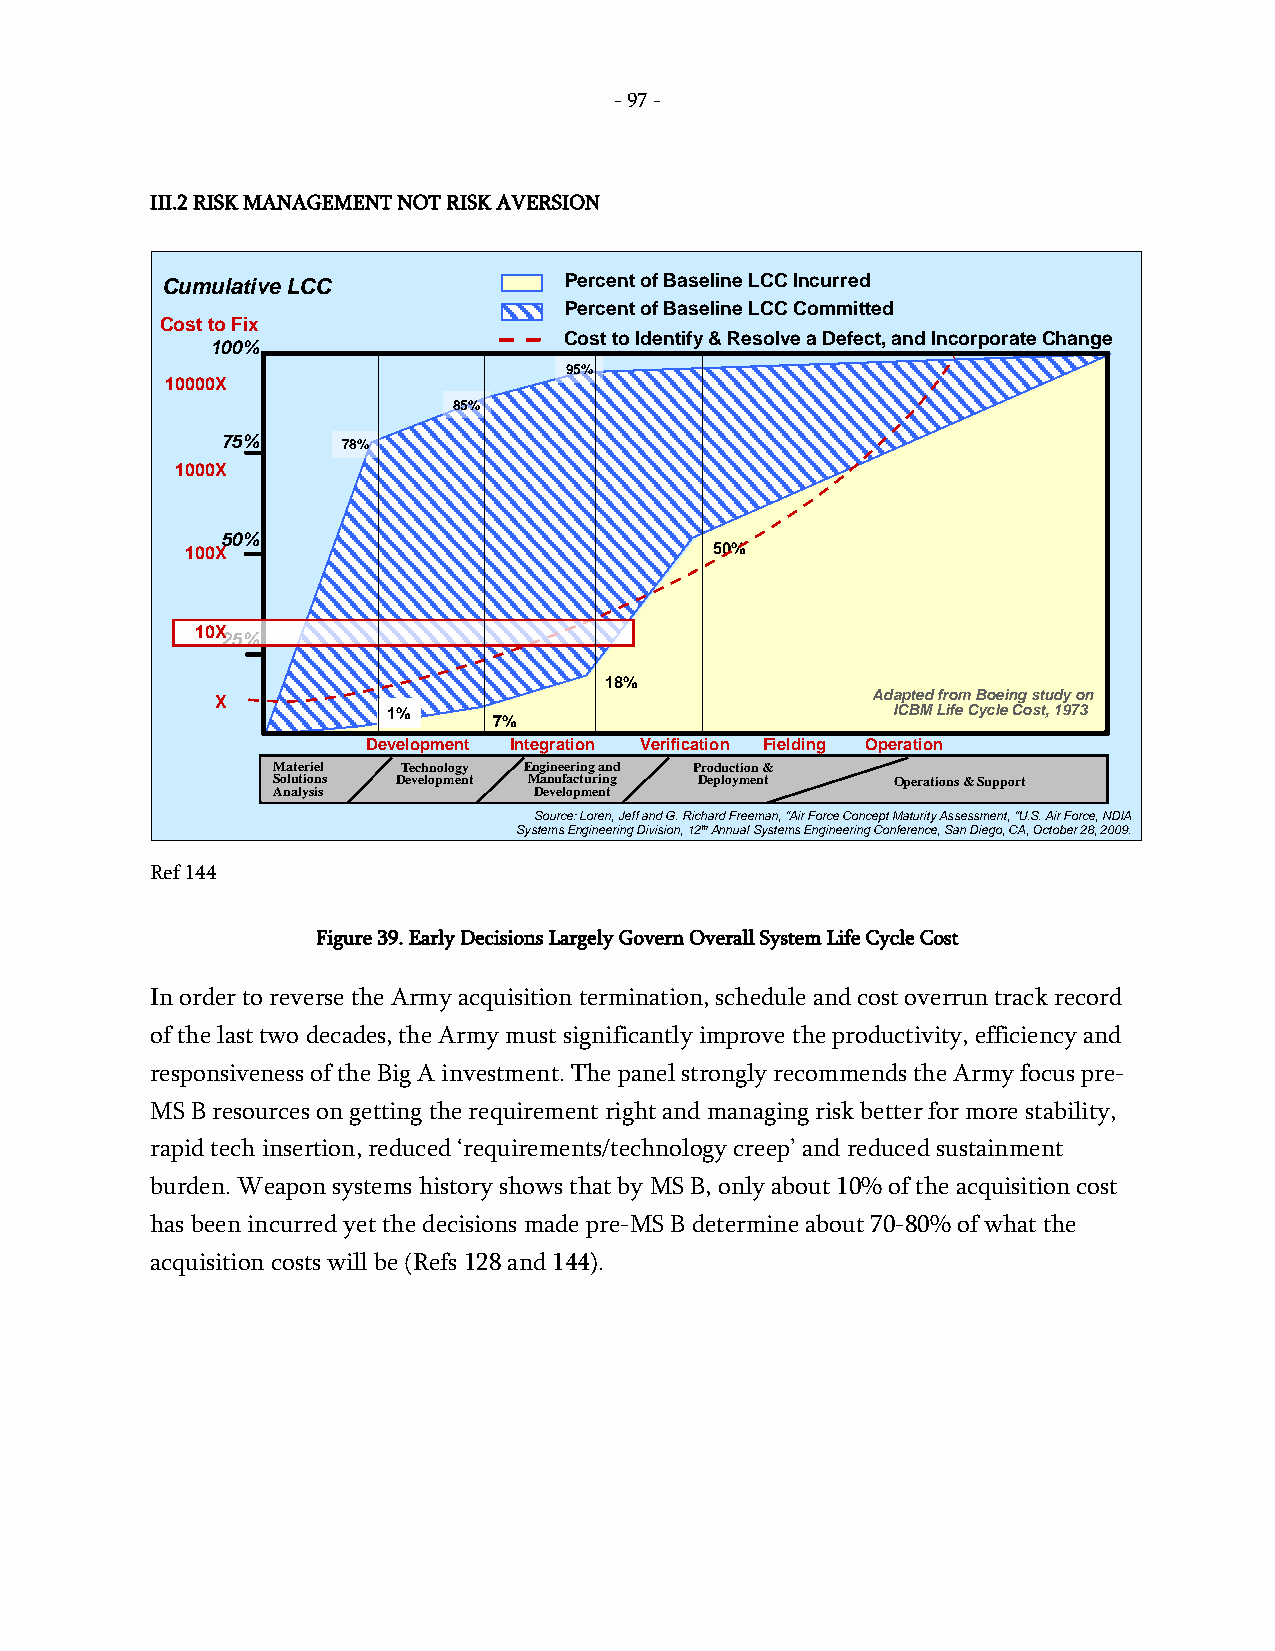
- 97 -
 III.2 RISK MANAGEMENT NOT RISK AVERSION
 Cumulative LCC            Percent of Baseline LCC Incurred
 Percent of Baseline LCC Committed
 Cost to Fix
 Cost to Identify & Resolve a Defect, and Incorporate Change
 100%
 95%
 10000X
 85%
 75%     78%
 1000X
 50%
 100X                               50%
 10X
 25%
 18%
 Adapted from Boeing study on
 X
 1%                               ICBM Life Cycle Cost, 1973
 7%
 Development Integration Verification Fielding Operation
 Materiel Technology Engineering and Production &
 Solutions Development Manufacturing Deployment Operations & Support
 Analysis         Development
 Source: Loren, Jeff and G. Richard Freeman, “Air Force Concept Maturity Assessment, “U.S. Air Force, NDIA
 Systems Engineering Division, 12thAnnual Systems Engineering Conference, San Diego, CA, October 28, 2009.
 Ref 144
 Figure 39. Early Decisions Largely Govern Overall System Life Cycle Cost
 In order to reverse the Army acquisition termination, schedule and cost overrun track record
 of the last two decades, the Army must significantly improve the productivity, efficiency and
 responsiveness of the Big A investment. The panel strongly recommends the Army focus pre-
 MS B resources on getting the requirement right and managing risk better for more stability,
 rapid tech insertion, reduced ‘requirements/technology creep’ and reduced sustainment
 burden. Weapon systems history shows that by MS B, only about 10% of the acquisition cost
 has been incurred yet the decisions made pre-MS B determine about 70-80% of what the
 acquisition costs will be (Refs 128 and 144).
 -
 97
 -